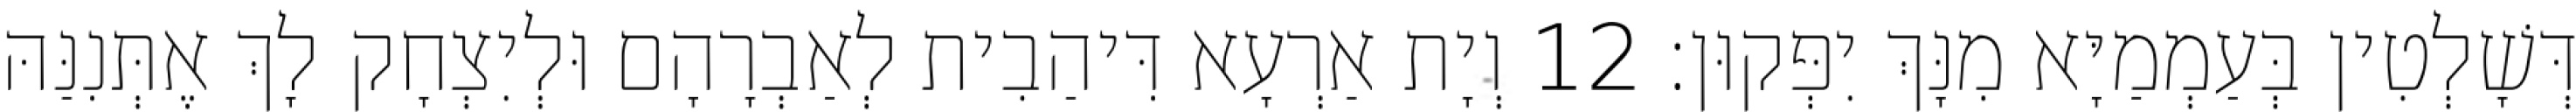
דְּשָׁלְטִין בְּעַמְמַיָּא מִנָּךְ יִפְּקוּן׃ 12 וְיָת אַרְעָא דִּיהַבִית לְאַבְרָהָם וּלְיִצְחָק לָךְ אֶתְּנִנַּהּ